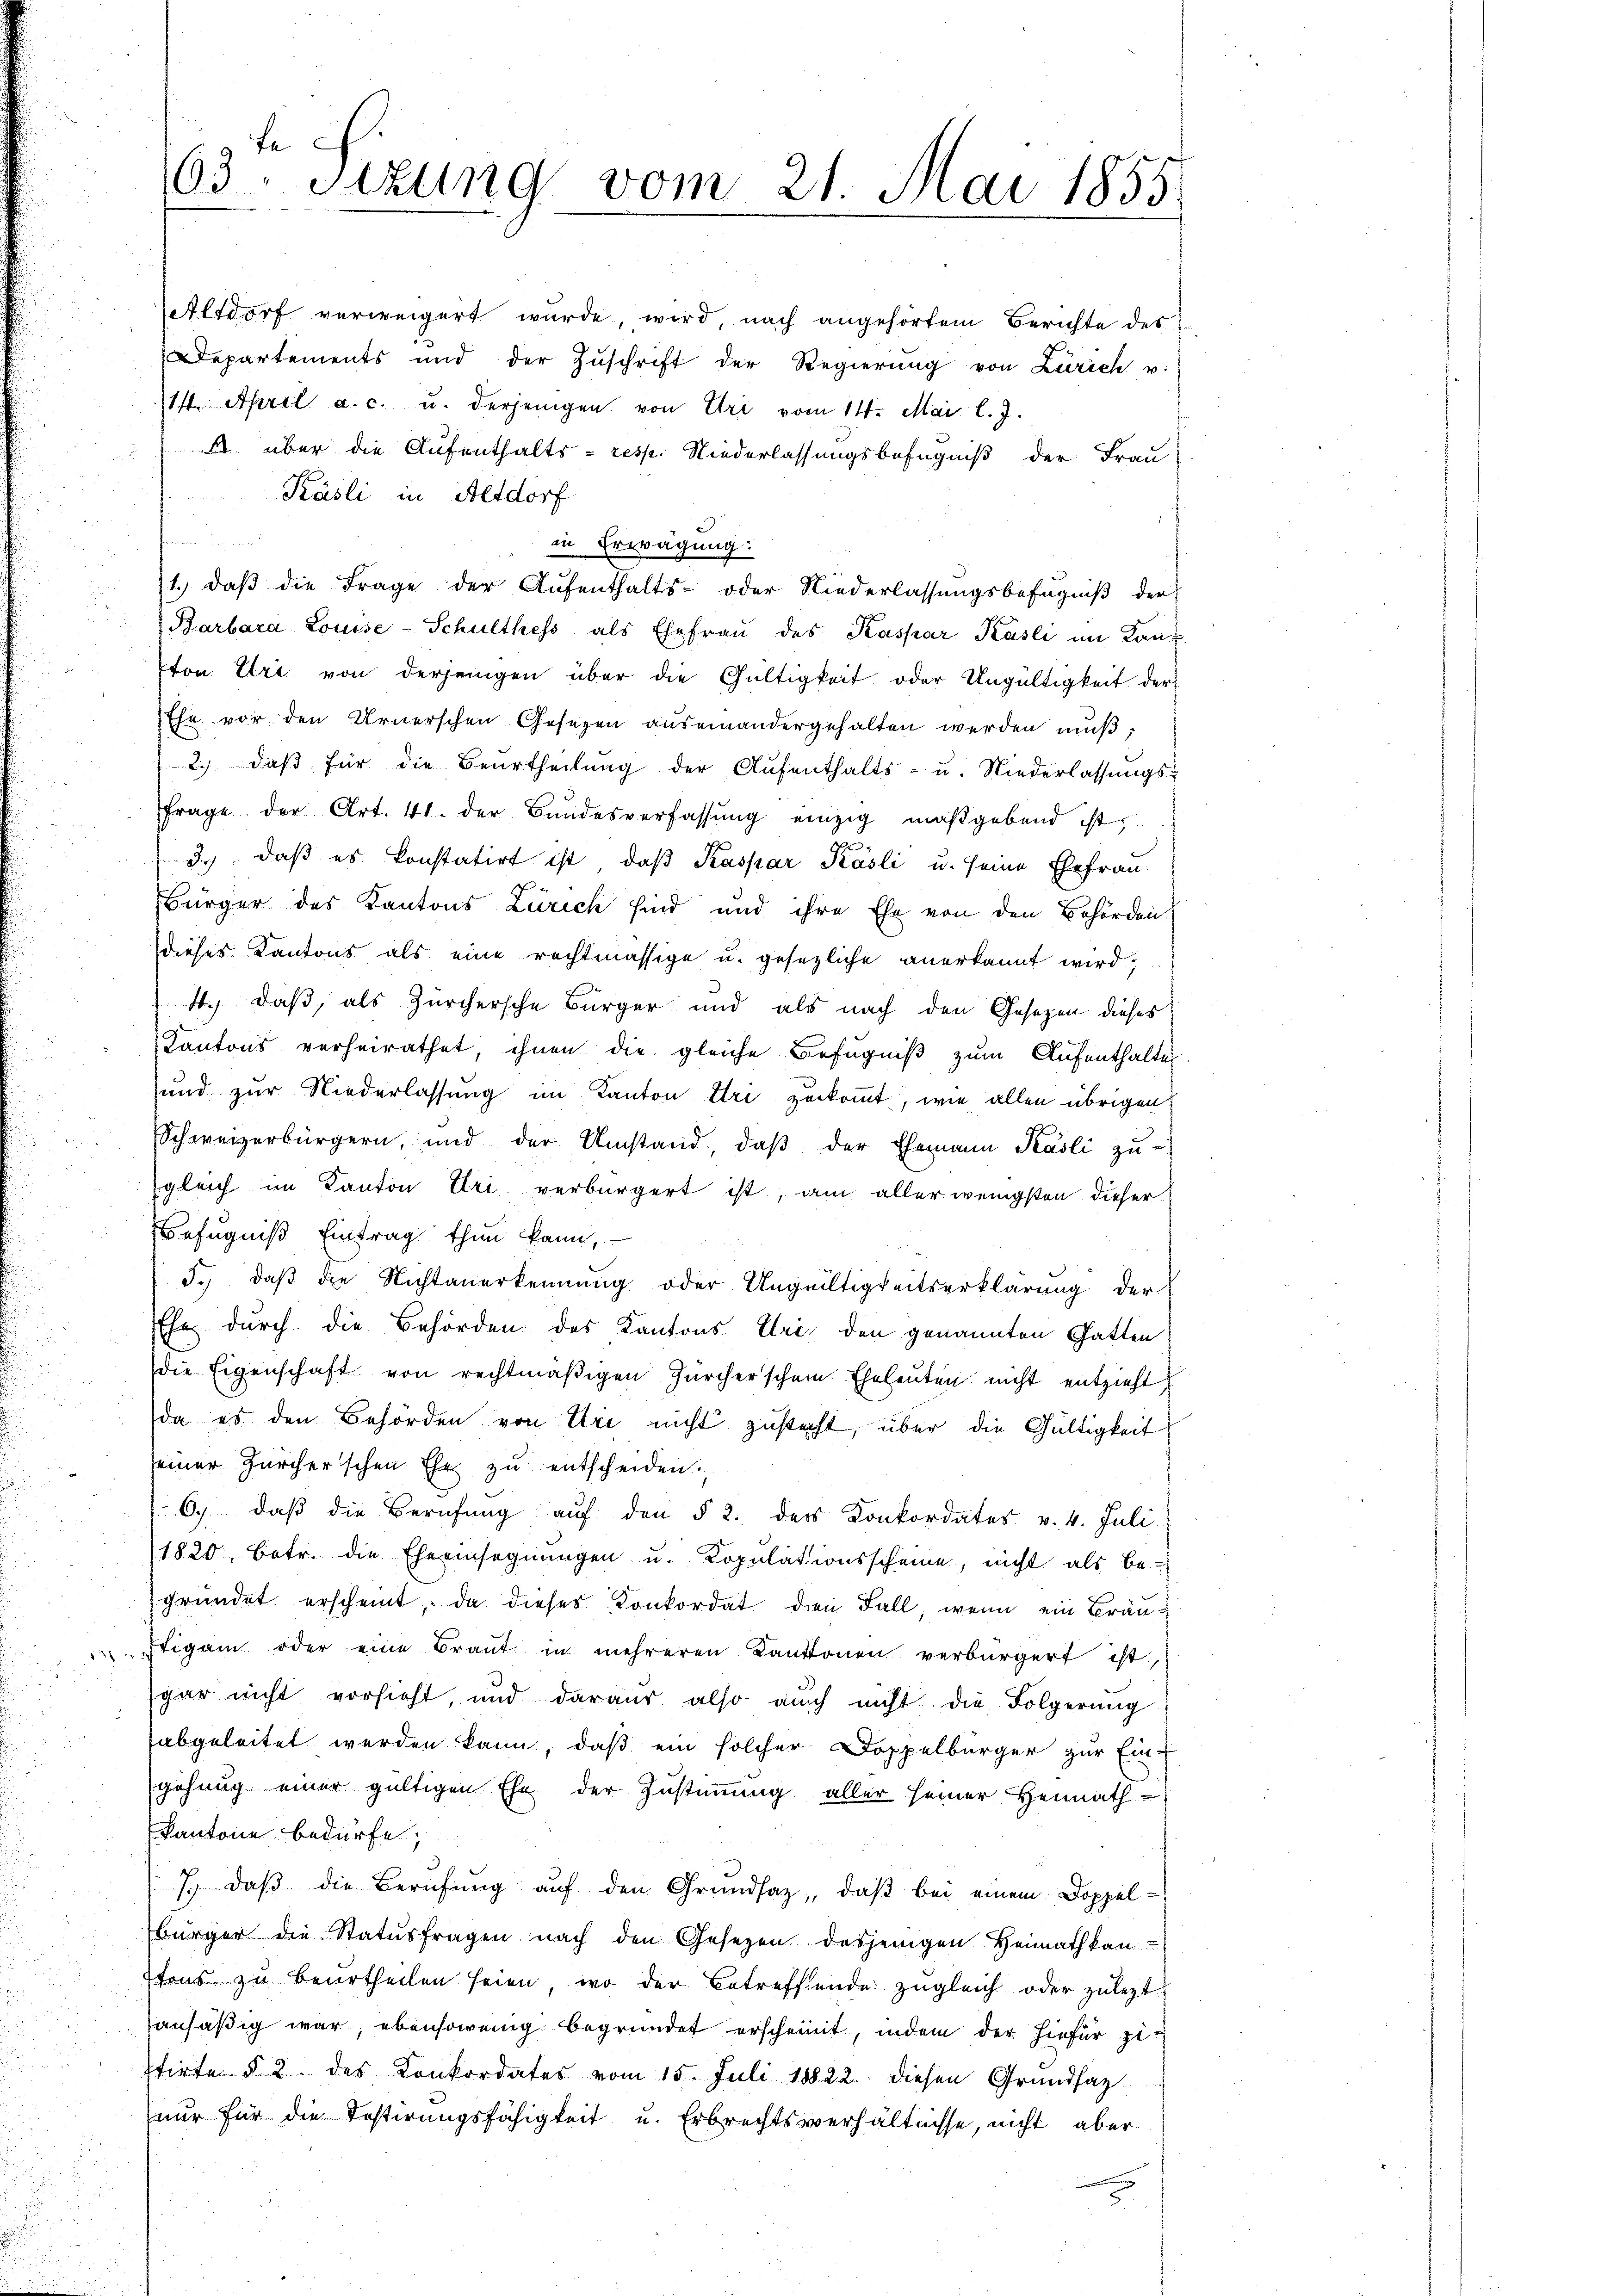
14. April a. c. u. derjenigen von Uri vom 14. Mai l. J.
. über die Aufenthalts- resp. Niederlassungsbefugniß der Frau-
Käsli in Altdorf
n
in Erwägung:
1.) daß die Frage der Aufenthalts- oder Niederlassungsbefugniß der
Barbara Louise-Schulthess als Ehefrau des Kaspar Käsli im Kanz
ton Uri von derjenigen über die Gültigkeit oder Ungültigkeit der
Ehe vor den Urnerschen Gesetzen auseinandergehalten werden muß;
2.) daß für die Beurtheilung der Aŭfenthalts- u. Niederlassungsfrage der Art. 41. der Bŭndesverfassŭng einzig maßgebend ist,
3.) daß es konstatirt ist, daß Kaspar Käsli u. seine Ehefrau
Bürger des Kantons Zürich sind und ihre Ehe von den Behörden.
dieses Kantons als eine rechtmässige u. gesezliche anerkannt wird,
si, daß, als Zürchersche Bürger und als nach den Gesezen dieses
Kantons verheirathet, ihnen die gleiche Befugniβ zŭm Aŭfenthalten.
ŭnd zŭr Niederlassŭng im Kanton Uri zerkoṁt, wie allen übrigen
Schweizerbürgern, und der Umstand, daβ der Ehemann Pasli zŭ-
gleich im Kanton Uri verbürgert ist, am aller wenigsten dieser
Befugniß Eintrag thun kann,
J., daß die Nichtanerkennung oder Ungültigkeitserklärung der
Ehe durch die Behörden des Kantons Uri, den genannten Gatten
die Eigenschaft von rechtmäßigen Zürcherschein. Eheleuten nicht entzieht,
da es den Behörden von Uri nicht zusteht, über die Gültigkeit
seiner Zürcher'schen Ehe zu entscheiden.
6.) daß die Berufung auf den § 2. des Konkordates v. 4. Juli
1820, betr. die Eheeinsegnungen u. Kopulationsscheine, nicht als be-
gründet erscheint, da dieses Konkordat den Fall, wenn ein Bräutigam oder eine Braut in mehreren Kantonen verbürgert ist,
gar nicht vorsieht, und daraus also auch nicht die Folgerung
abgeleitet werden kann, daß ein solcher Doppelbürger zur Ein-
gehung einer gültigen Ehe der Zustimmung aller seiner Heimath-
kantone bedürfe;
7.) Daß die Berufung auf den Grundsaz, daß bei einem Doppel¬
Bürger die Statusfragen nach den Gesetzen desjenigen Heimathkantons zu beurtheilen seien, wo der Betreffende zugleich oder zulezt
ansäßig war, ebensowenig begründet erscheint, indem der hiefür Zitirte § 2. des Konkordates vom 15. Juli 18822. diesen Grundsaz-
nur für die Testirungsfähigkeit u. Erbrechtsverhältnisse, nicht aber
u

fe
63. Sitzung vom 21. Mai 1855.

etlsdorf verweigert wurde, wird, nach angehörtem Berichte des
Departements und der Zŭschrift der Regierŭng von Zürich u.